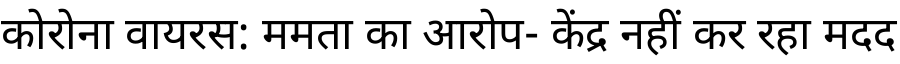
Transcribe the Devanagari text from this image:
कोरोना वायरस: ममता का आरोप- केंद्र नहीं कर रहा मदद